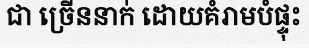
ជា ច្រើននាក់ ដោយគំរាមបំផ្ទុះ